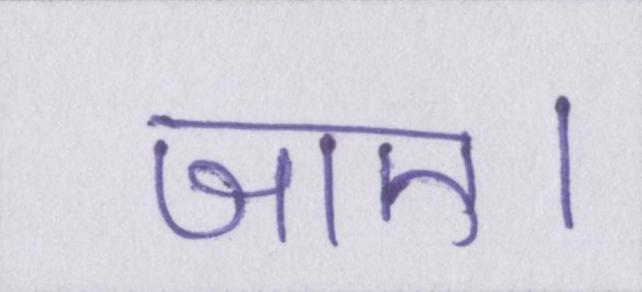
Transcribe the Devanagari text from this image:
जाए।